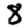
Digit: 8